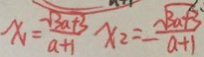
x _ { 1 } = \frac { \sqrt { 3 a + 3 } } { a + 1 } x _ { 2 } = - \frac { \sqrt { 3 a + 3 } } { a + 1 }